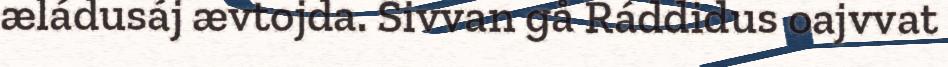
æládusáj ævtojda. Sivvan gå Ráddidus oajvvat